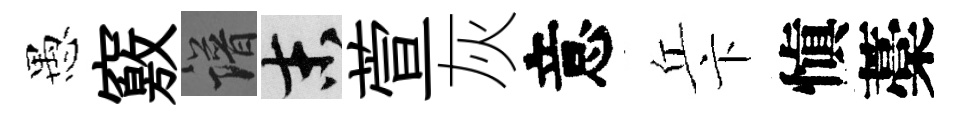
愚竅譜末萱灰意丘卞愼藁